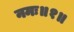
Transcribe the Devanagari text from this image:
नमः॥१॥